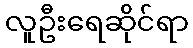
လူဦးရေဆိုင်ရာ